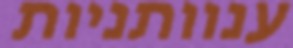
ענוותניות